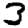
Digit: 3